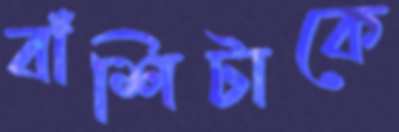
বাঁশিটাকে